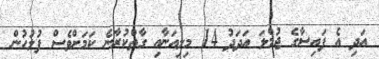
އަދި އެ ފައިސާގެ ޖުމްލަ އަދަދު 14 މިލިއަނާއި ގާތްކުރާނެ ކަމަށްވެސް ފުލުހުން